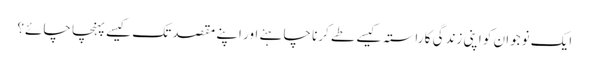
ایک نوجوان کو اپنی زندگی کا راستہ کیسے طے کرنا چاہئے اور اپنے مقصد تک کیسے پہنچا چائے؟